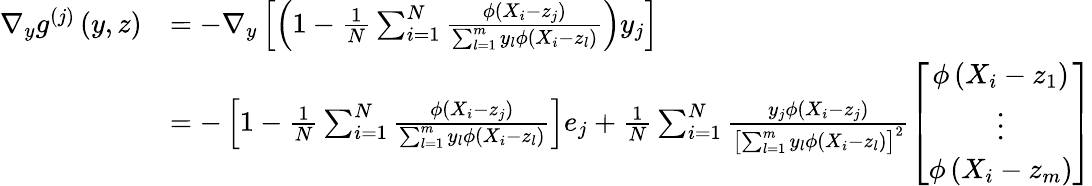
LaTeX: \begin{array}{rl}{\nabla_{y}g^{(j)}\left(y,z\right)}&{=-\nabla_{y}\left[\left(1-\frac{1}{N}\sum_{i=1}^{N}\frac{\phi\left(X_{i}-z_{j}\right)}{\sum_{l=1}^{m}y_{l}\phi\left(X_{i}-z_{l}\right)}\right)y_{j}\right]}\\ &{=-\left[1-\frac{1}{N}\sum_{i=1}^{N}\frac{\phi\left(X_{i}-z_{j}\right)}{\sum_{l=1}^{m}y_{l}\phi\left(X_{i}-z_{l}\right)}\right]e_{j}+\frac{1}{N}\sum_{i=1}^{N}\frac{y_{j}\phi\left(X_{i}-z_{j}\right)}{\left[\sum_{l=1}^{m}y_{l}\phi\left(X_{i}-z_{l}\right)\right]^{2}}\left[\begin{array}{c}{\phi\left(X_{i}-z_{1}\right)}\\ {\vdots}\\ {\phi\left(X_{i}-z_{m}\right)}\end{array}\right]}\end{array}